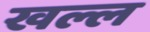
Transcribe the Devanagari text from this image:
खल्ल